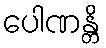
ပေါဏန္တိ